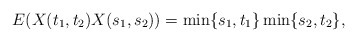
\begin{align*}E(X(t_1,t_2)X(s_1,s_2))=\min\{s_1,t_1\} \min\{s_2,t_2\},\end{align*}